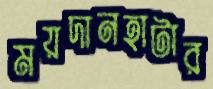
ময়দানহাটার